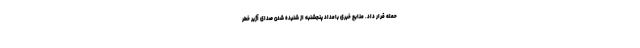
حمله قرار داد. منابع خبری بامداد پنجشنبه از شنیده شدن صدای آژیر خطر